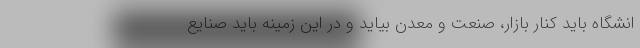
انشگاه باید کنار بازار، صنعت و معدن بیاید و در این زمینه باید صنایع